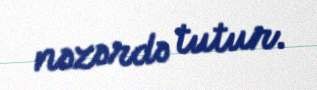
nəzərdə tutur.